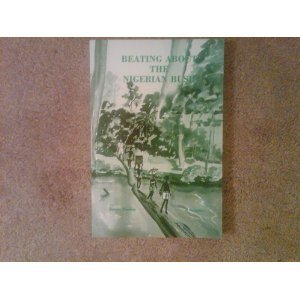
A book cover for Beating About the Nigerian Bush; James Maslen; Travel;